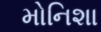
મોનિશા